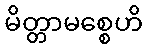
မိတ္တာမစ္စေဟိ